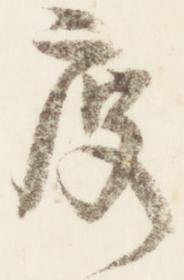
度